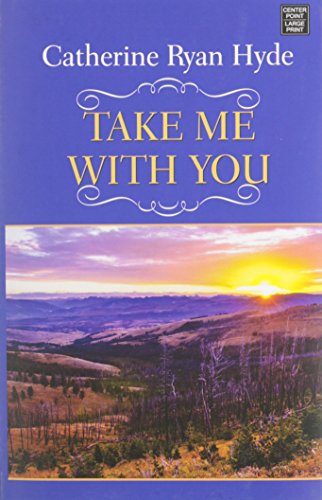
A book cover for Take Me with You; Catherine Ryan Hyde; Literature & Fiction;